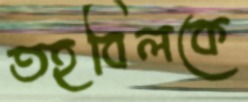
তহবিলকে